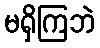
မရှိကြဘဲ